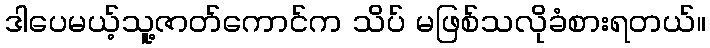
ဒါပေမယ့်သူ့ဇာတ်ကောင်က သိပ် မဖြစ်သလိုခံစားရတယ်။